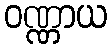
ဝဏ္ဏာယ